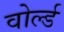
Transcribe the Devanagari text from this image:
वोर्ल्ड